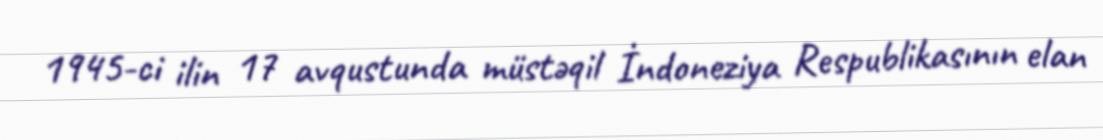
1945-ci ilin 17 avqustunda müstəqil İndoneziya Respublikasının elan